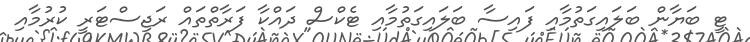
ޓީ ބަޔާން ބަލައިގަތުމާއި ފައިސާ ބަލައިގަތުމާއި ޓެކްސް ދައްކާ ފަރާތްތައް ރަޖިސްޓަރީ ކުރުމާއި